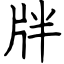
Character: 牉